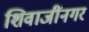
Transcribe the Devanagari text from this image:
शिवाजींनगर